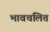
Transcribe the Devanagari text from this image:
भावचलित